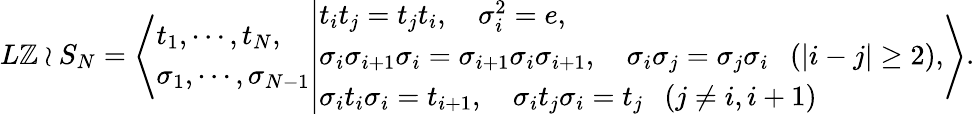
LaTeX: \begin{array}{r}{L\mathbb{Z}\wr S_{N}=\left\langle\begin{array}{l}{t_{1},\cdots,t_{N},}\\ {\sigma_{1},\cdots,\sigma_{N-1}}\end{array}\middle\vert\begin{array}{l}{t_{i}t_{j}=t_{j}t_{i},\quad\sigma_{i}^{2}=e,}\\ {\sigma_{i}\sigma_{i+1}\sigma_{i}=\sigma_{i+1}\sigma_{i}\sigma_{i+1},\quad\sigma_{i}\sigma_{j}=\sigma_{j}\sigma_{i}~~~(|i-j|\geq 2),}\\ {\sigma_{i}t_{i}\sigma_{i}=t_{i+1},\quad\sigma_{i}t_{j}\sigma_{i}=t_{j}~~~(j\neq i,i+1)}\end{array}\right\rangle.}\end{array}